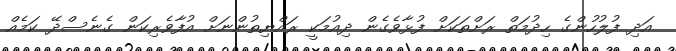
އަދި ފުލުހުންގެ ހިދުމަތް ރަށްތަކަށް ފުޅާވެގެން ދިއުމަކީ ރައްޔިތުންނަށް އުފާވެރިކަން ގެނެސްދޭ ކަމެއް